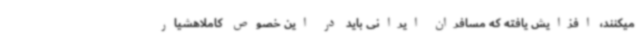
میکنند، افزایش یافته که مسافران ایرانی باید در این خصوص کاملاهشیار